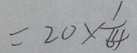
= 2 0 \times \frac { 1 } { 6 4 }